Annual report of the Punjab Veterinary College and of the Civil Veterinary Department, Punjab - 1894-1908
Year: 1894
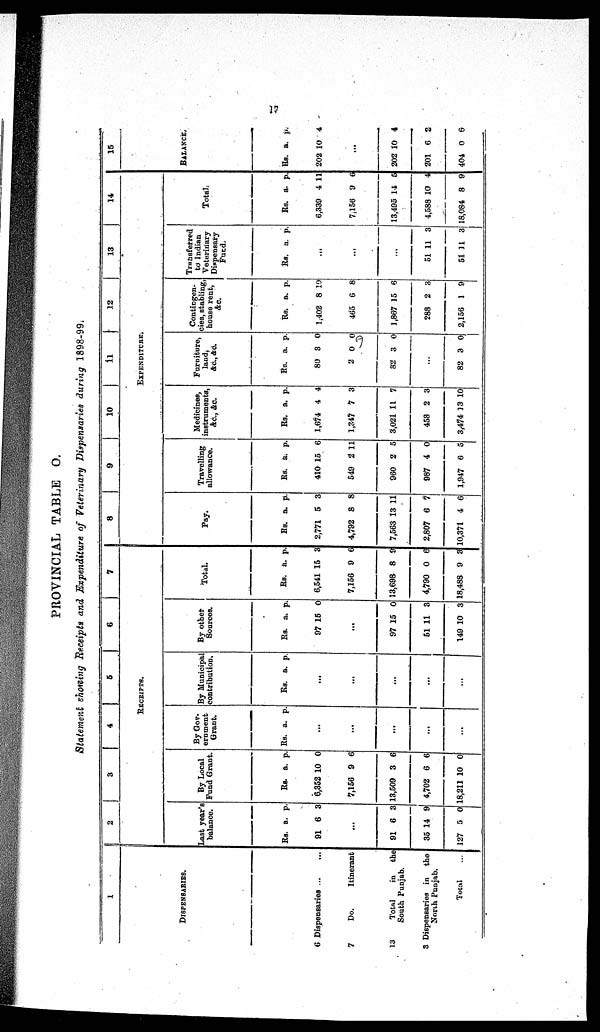
17
PROVINCIAL TABLE O.
Statement showing Receipts and Expenditure of Veterinary Dispensaries during 1898-99.
1
DISPENSARIES.
6 Dispensaries
...
...
7
Do.
Itinerant
13
Total
in
the
South Punjab.
3 Dispensaries in
the
North Punjab.
Total ...
2
3
4
5
6
7
RECEIPTS.
Last year's
balance.
Rs.
91
a.
6
p.
3
...
91
35
127
6
14
5
3
9
0
By Local
Fund Grant.
Rs.
6,352
7,156
13,509
4,702
18,211
a.
10
9
3
6
10
p.
0
6
6
6
0
By Gov-
ernment
Grant.
Rs. a. p.
...
...
...
...
...
By Municipal
contribution.
Rs. a. p.
...
...
...
...
...
By other
Sources.
Rs.
97
a.
15
p.
0
...
97
51
149
15
11
10
0
3
3
Total.
Rs.
6,541
7,156
13,698
4,790
18,488
a.
15
9
8
0
9
p.
3
6
9
6
3
8
9
10
11 12
13
14
EXPENDITURE.
Pay.
Rs.
2,771
4,792
7,563
2,807
10,371
a.
5
8
13
6
4
p.
3
8
11
7
6
Travelling
allowance.
Rs.
410
549
960
987
1,947
a.
15
2
2
4
6
p.
6
11
5
0
5
Medicines,
instruments,
&c., &c.
Rs.
1,674
1,347
3,021
453
3,474
a.
4
7
11
2
13
p.
4
3
7
3
10
Furniture,
land,
&c., &c.
Rs.
80
2
82
a.
8
0
3
p.
0
0
0
...
82 3 0
Contingen-
cies, stabling,
house rent,
&c.
Rs.
1,402
465
1,867
288
2,156
a.
8
6
15
2
1
p.
10
8
6
3
9
Transferred
to Indian
Veterinary
Dispensary
Fund.
Rs. a. p.
...
...
...
51
51
11
11
3
3
Total.
Rs.
6,339
7,156
13,495
4,588
18,084
a.
4
9
14
10
8
p.
11
6
5
4
9
15
BALANCE.
Rs.
202
a.
10
p.
4
...
202
201
404
10
6
0
4
2
6